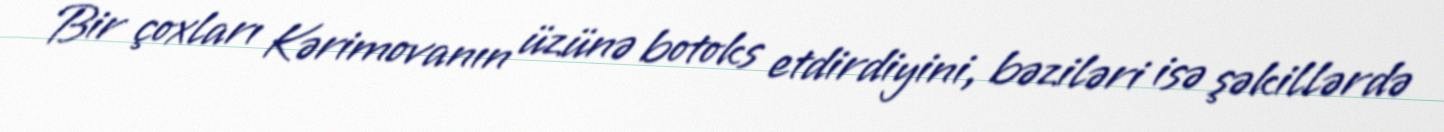
Bir çoxları Kərimovanın üzünə botoks etdirdiyini, bəziləri isə şəkillərdə